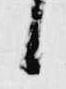
候